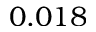
0 . 0 1 8